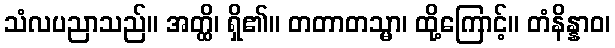
သံလပညာသည်။ အတ္ထိ၊ ရှိ၏။ တတာတသ္မာ၊ ထို့ကြောင့်။ တံနိန္နာဝ၊